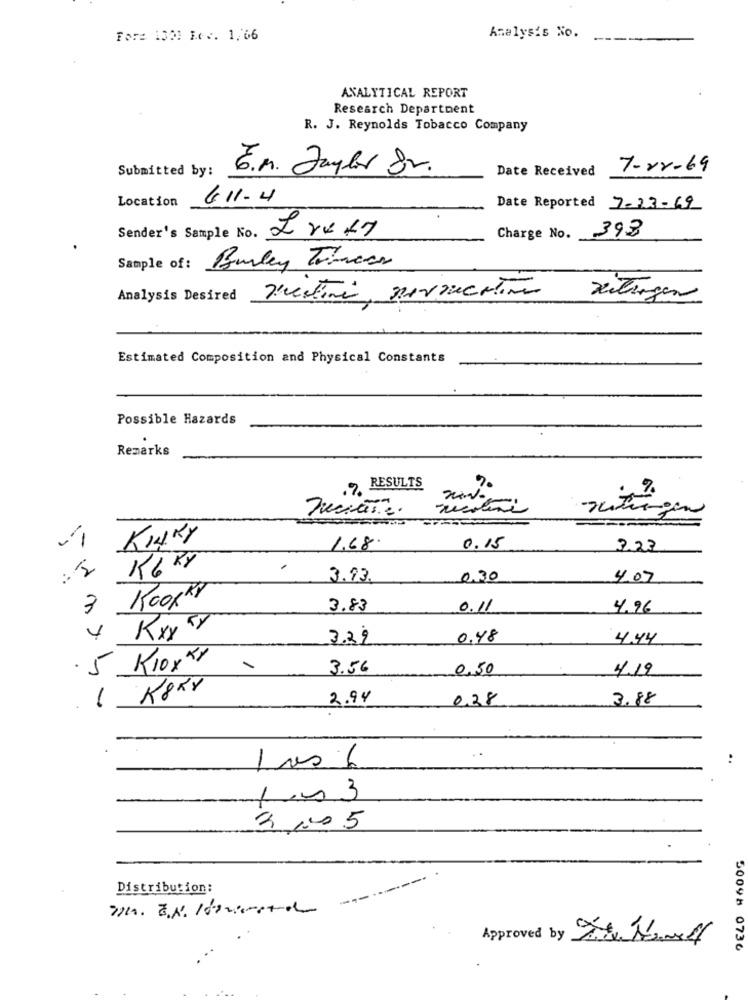
Fore 1301 Le .. 1,66
Analysis No.
ANALYTICAL REPORT
Research Department
R. J. Reynolds Tobacco Company
Submitted by:
6.M. Taylor Sr.
Date Received
7-02-69
Location
611-4
Date Reported 7-23-69
Sender's Sample No. Iruky
393
Charge No.
Sample of: Burley Tinaar
Analysis Desired Justini nevacation
zeitungen
Estimated Composition and Physical Constants
Possible Hazards
Remarks
.RESULTS
.%
nicotine
KINKY
1.68
0.15
2.23
K6 KY
3.93.
0.30
4.07
KoopRY
3
3.83
0.11
4.96
Kxx TY
4
3.22
0.48
4.44
.5
Kloxxx
-
3.56
0,50
4.19
2.94
0,28
3.88
..
1.0 3
3 0 5
Distribution:
Approved by THE
50098 0736